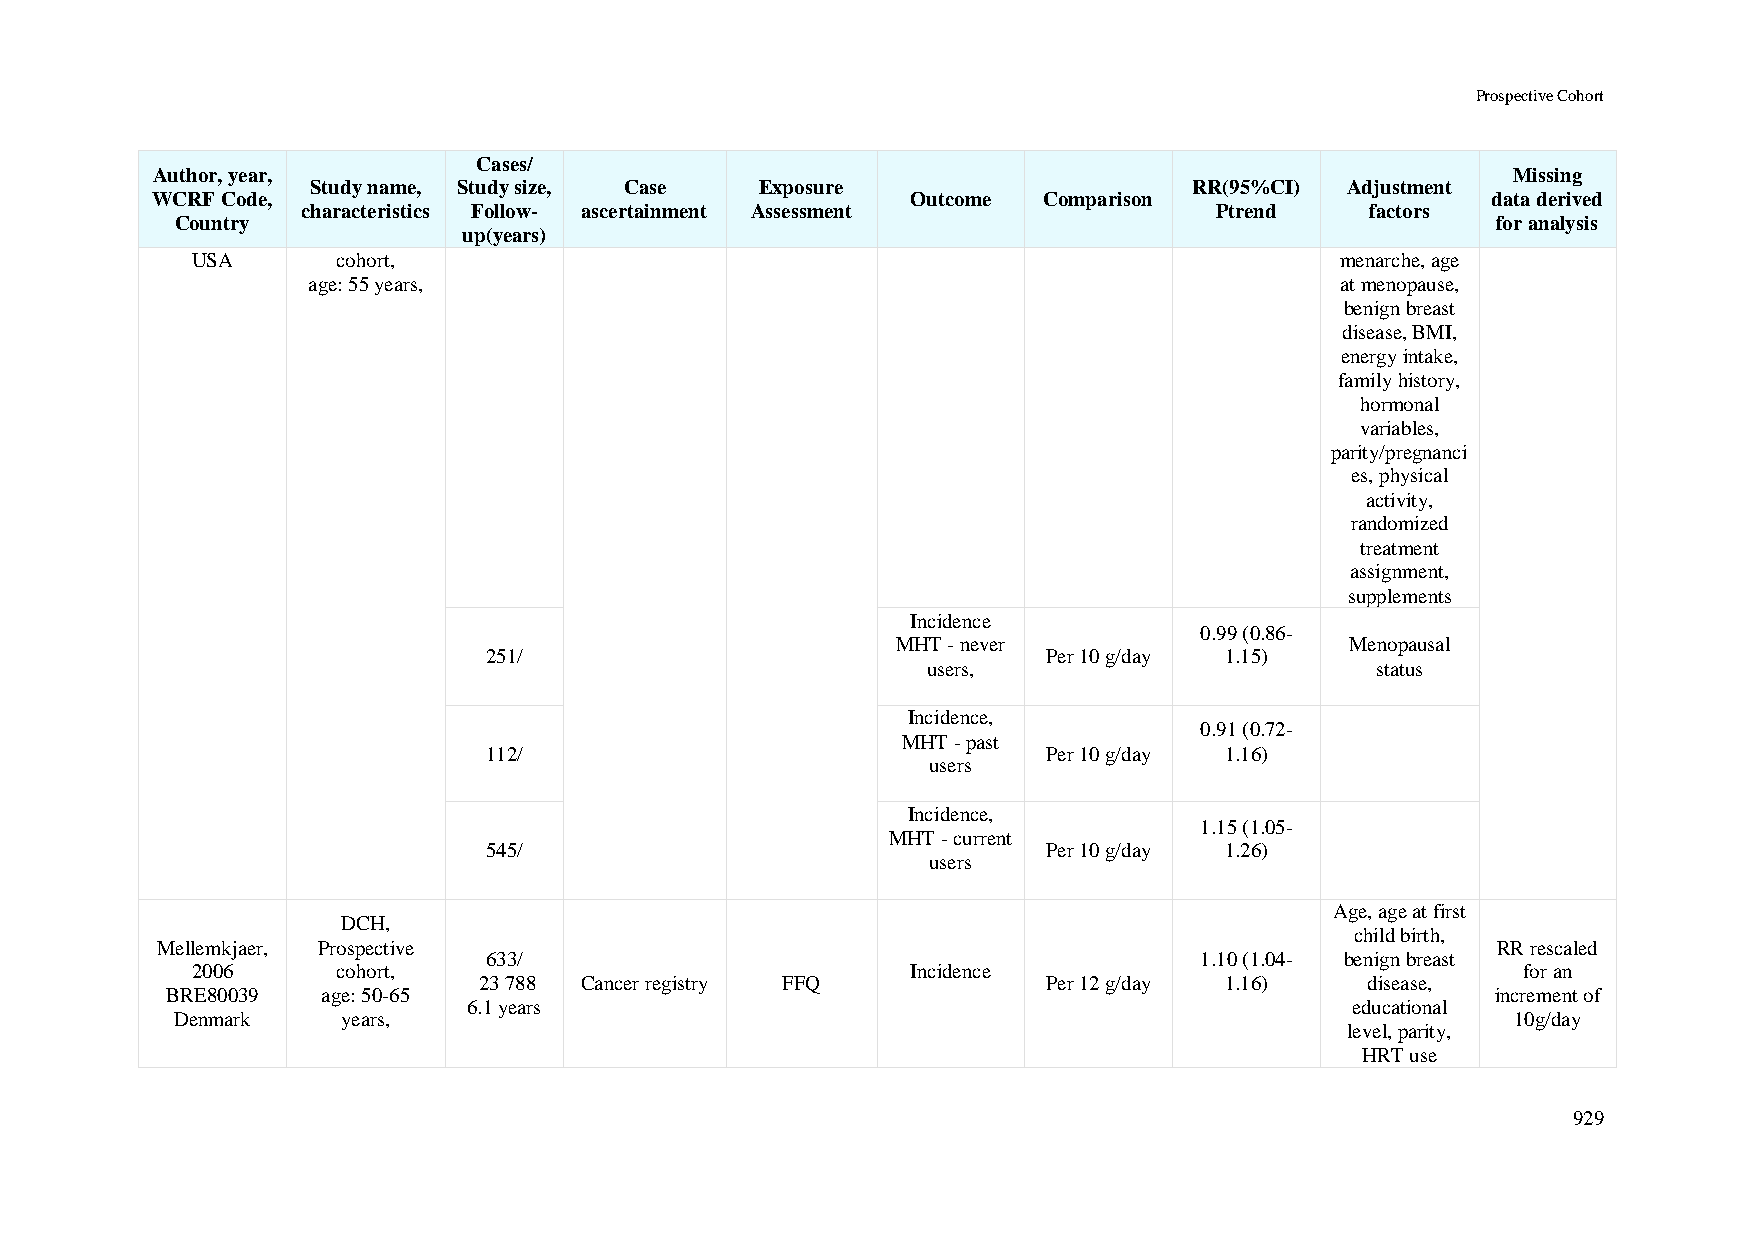
Prospective Cohort
 Cases/
 Author, year,                                                                             Missing
 Study name, Study size, Case Exposure                     RR(95%CI) Adjustment
 WCRF Code,                                        Outcome  Comparison                    data derived
 characteristics Follow- ascertainment Assessment            Ptrend     factors
 Country                                                                                for analysis
 up(years)
 USA      cohort,                                                            menarche, age
 age: 55 years,                                                       at menopause,
 benign breast
 disease, BMI,
 energy intake,
 family history,
 hormonal
 variables,
 parity/pregnanci
 es, physical
 activity,
 randomized
 treatment
 assignment,
 supplements
 Incidence
 0.99 (0.86-
 MHT - never                   Menopausal
 251/                                 Per 10 g/day 1.15)
 users,                        status
 Incidence,
 0.91 (0.72-
 MHT - past
 112/                                 Per 10 g/day 1.16)
 users
 Incidence,
 1.15 (1.05-
 MHT - current
 545/                                 Per 10 g/day 1.26)
 users
 Age, age at first
 DCH,
 child birth,
 Mellemkjaer, Prospective                                                                 RR rescaled
 633/                                           1.10 (1.04- benign breast
 2006     cohort,                               Incidence                                for an
 23 788 Cancer registry FFQ           Per 12 g/day 1.16)    disease,
 BRE80039  age: 50-65                                                                    increment of
 6.1 years                                                 educational
 Denmark    years,                                                                       10g/day
 level, parity,
 HRT use
 929